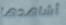
أشاهدها